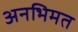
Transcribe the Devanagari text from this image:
अनभिमत